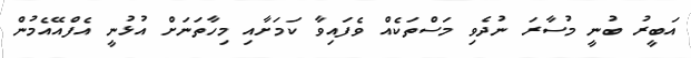
އަބީރު ބުނީ މުސާރަ ނުދެވި މަސްތަކެއް ވެފައިވާ ކަމަށާއި މިހާތަނަށް އުޅުނީ އެފްއޭއެމުން